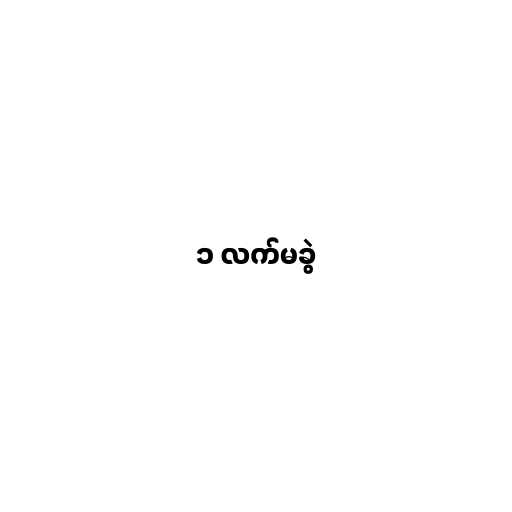
၁ လက်မခွဲ